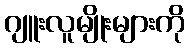
ဂျူးလူမျိုးများကို